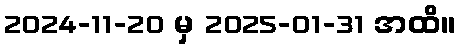
2024-11-20 မှ 2025-01-31 အထိ။